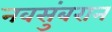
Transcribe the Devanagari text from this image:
नवसुंबरान